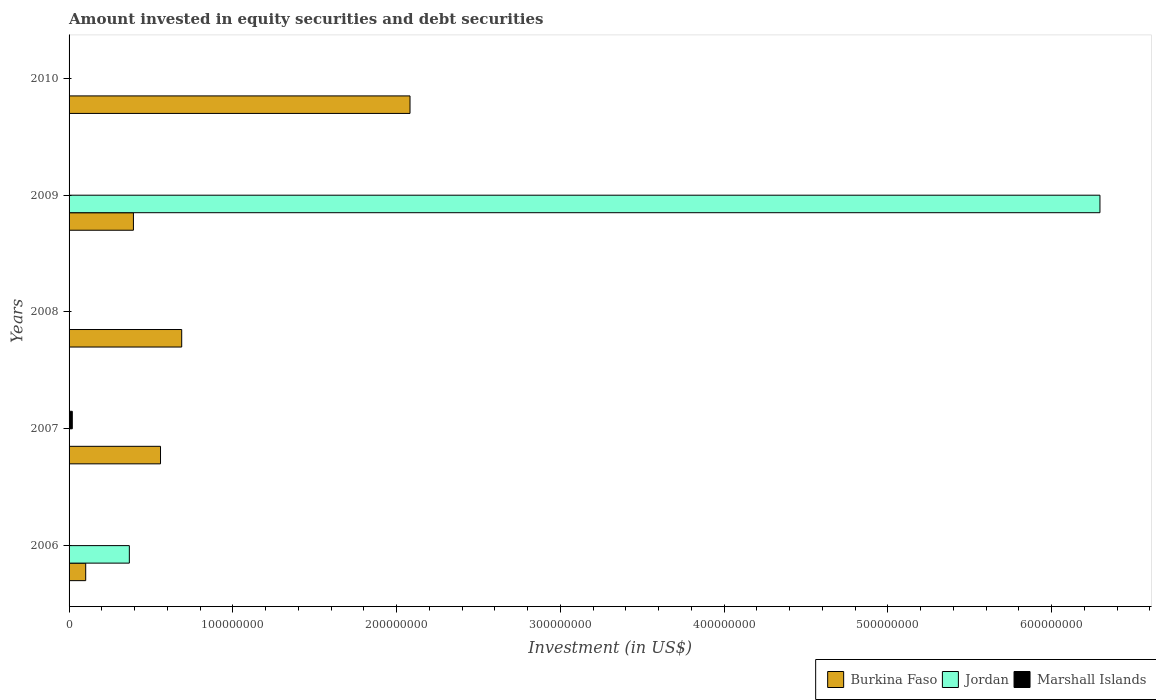
| Years | Burkina Faso | Jordan | Marshall Islands |
 | --- | --- | --- | --- |
 | 2006 | 1.02e+07 | 3.68e+07 | -2.26e+07 |
 | 2007 | 5.58e+07 | -8.4e+08 | 1.97e+06 |
 | 2008 | 6.88e+07 | -5.73e+08 | -1.76e+07 |
 | 2009 | 3.93e+07 | 6.3e+08 | -1.2e+07 |
 | 2010 | 2.08e+08 | -7.7e+08 | -5.51e+05 |